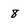
Character: 8